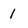
Character: 1